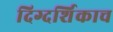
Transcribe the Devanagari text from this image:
दिग्दर्शिकाच